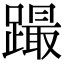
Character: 𨅎